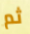
ثم